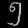
Digit: ၅